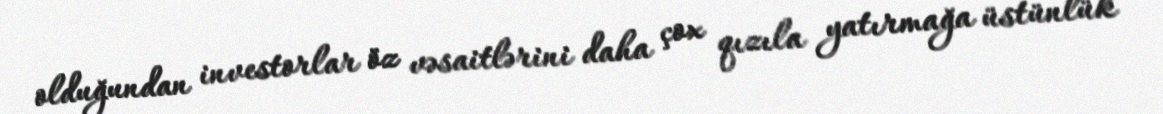
olduğundan investorlar öz vəsaitlərini daha çox qızıla yatırmağa üstünlük